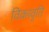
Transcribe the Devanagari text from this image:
विकावृति